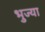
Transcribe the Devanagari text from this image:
भुज्या